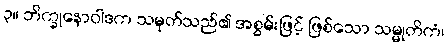
၃။ ဘိက္ခုနောဝါဒက သမုတ်သည်၏ အစွမ်းဖြင့် ဖြစ်သော သမ္မုတိကံ၊